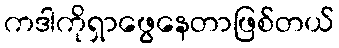
ကဒါကိုရှာဖွေနေတာဖြစ်တယ်